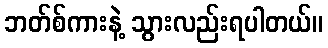
ဘတ်စ်ကားနဲ့ သွားလည်းရပါတယ်။